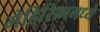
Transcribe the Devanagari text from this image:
मेडिसिनमध्ये